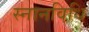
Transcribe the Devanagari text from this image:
स्नानविधि